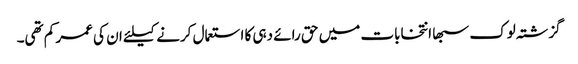
گزشتہ لوک سبھا انتخابات میں حق رائے دہی کا استعمال کرنے کیلئے ان کی عمر کم تھی۔